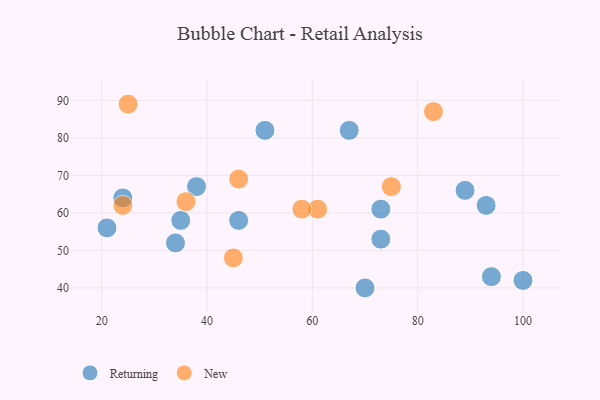
{"axis": {"x": "GDP", "y": "Life Expectancy"}, "legend": ["New", "Returning"], "data": [{"x": "73", "y": 61, "type": "Returning"}, {"x": "100", "y": 42, "type": "Returning"}, {"x": "46", "y": 58, "type": "Returning"}, {"x": "24", "y": 64, "type": "Returning"}, {"x": "73", "y": 53, "type": "Returning"}, {"x": "70", "y": 40, "type": "Returning"}, {"x": "93", "y": 62, "type": "Returning"}, {"x": "94", "y": 43, "type": "Returning"}, {"x": "38", "y": 67, "type": "Returning"}, {"x": "89", "y": 66, "type": "Returning"}, {"x": "21", "y": 56, "type": "Returning"}, {"x": "51", "y": 82, "type": "Returning"}, {"x": "35", "y": 58, "type": "Returning"}, {"x": "67", "y": 82, "type": "Returning"}, {"x": "34", "y": 52, "type": "Returning"}, {"x": "46", "y": 69, "type": "New"}, {"x": "24", "y": 62, "type": "New"}, {"x": "25", "y": 89, "type": "New"}, {"x": "45", "y": 48, "type": "New"}, {"x": "61", "y": 61, "type": "New"}, {"x": "83", "y": 87, "type": "New"}, {"x": "58", "y": 61, "type": "New"}, {"x": "36", "y": 63, "type": "New"}, {"x": "75", "y": 67, "type": "New"}]}